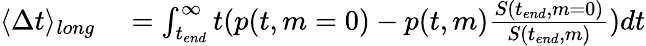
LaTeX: \begin{array}{rl}{\langle\Delta t\rangle_{long}}&{{}=\int_{t_{end}}^{\infty}t(p(t,m=0)-p(t,m)\frac{S(t_{end},m=0)}{S(t_{end},m)})dt}\end{array}